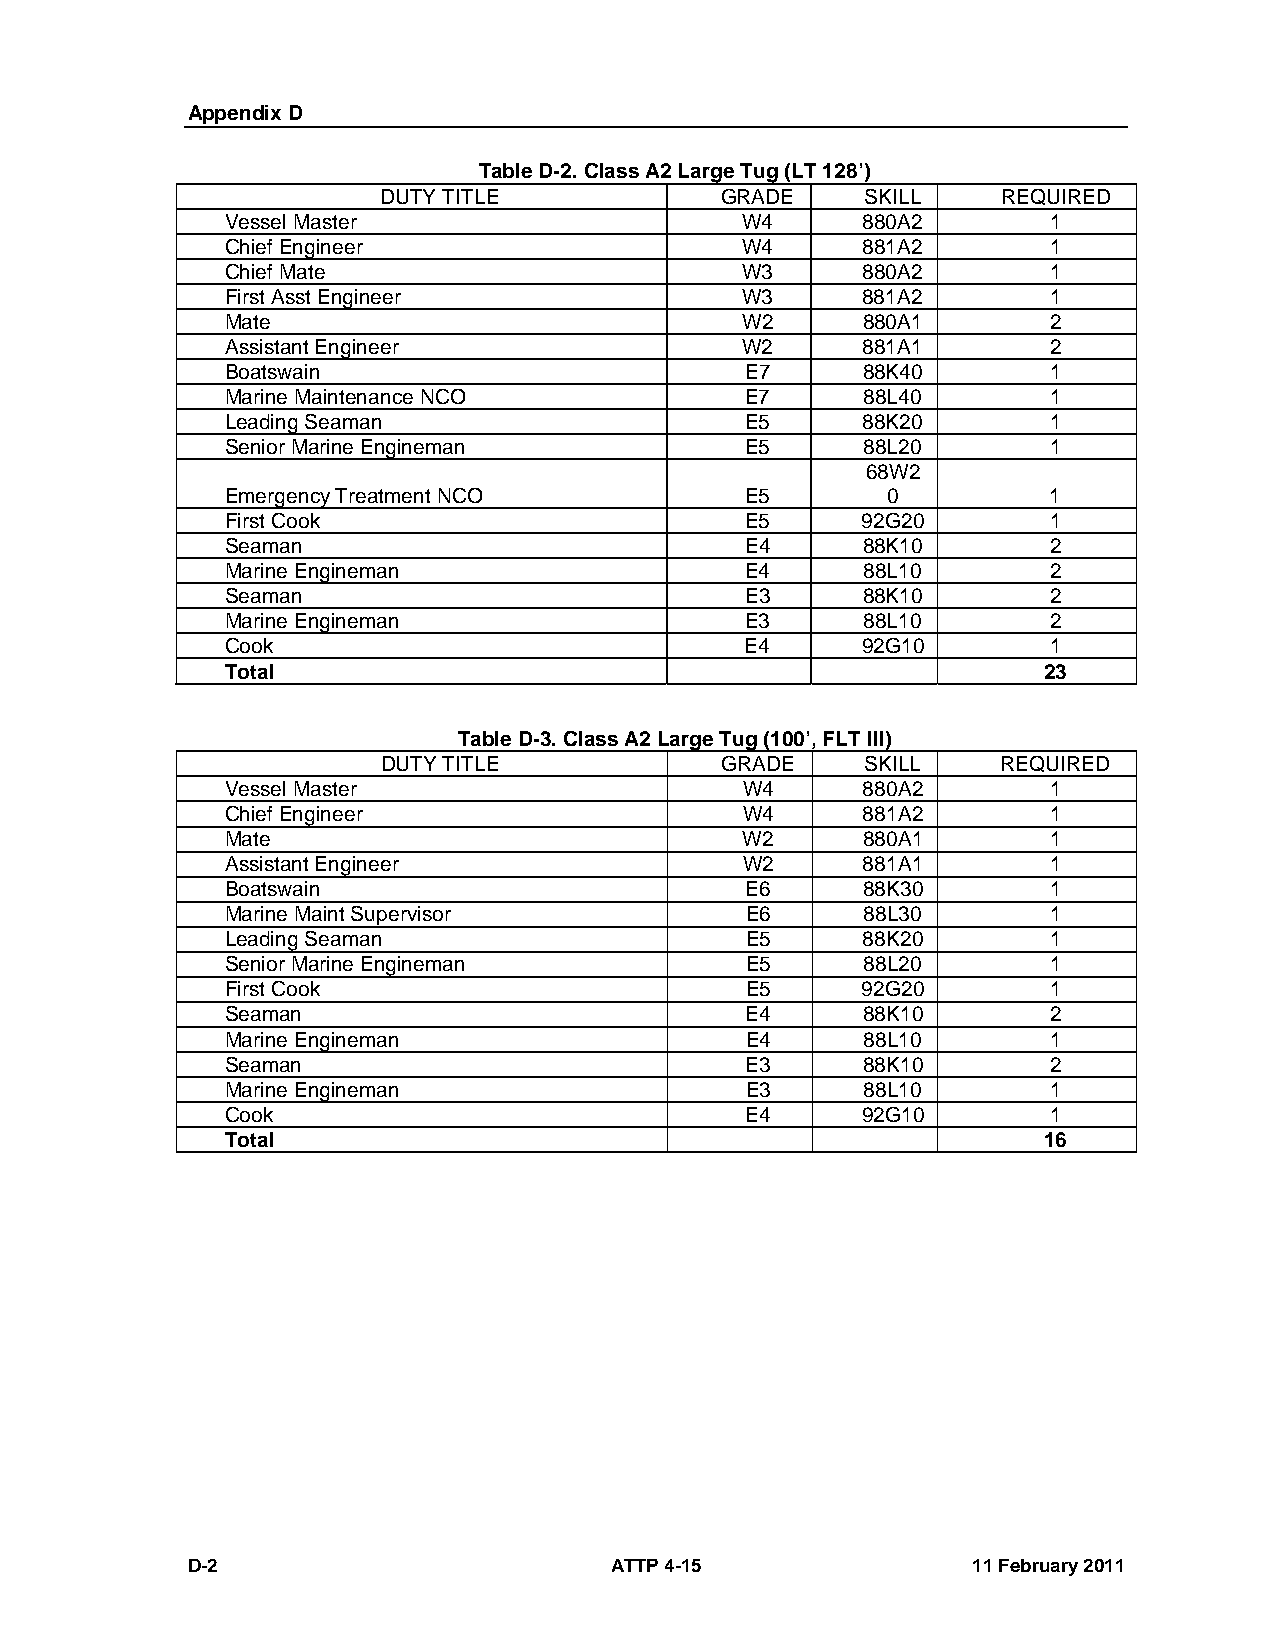
Appendix D
 Table D-2. Class A2 Large Tug (LT 128’)
 DUTY TITLE             GRADE    SKILL    REQUIRED
 Vessel Master                     W4      880A2       1
 Chief Engineer                    W4      881A2       1
 Chief Mate                        W3      880A2       1
 First Asst Engineer               W3      881A2       1
 Mate                              W2      880A1        2
 Assistant Engineer                W2      881A1       2
 Boatswain                         E7      88K40        1
 Marine Maintenance NCO            E7      88L40       1
 Leading Seaman                    E5      88K20        1
 Senior Marine Engineman           E5      88L20       1
 68W2
 Emergency Treatment NCO           E5        0         1
 First Cook                        E5      92G20       1
 Seaman                            E4      88K10        2
 Marine Engineman                  E4      88L10       2
 Seaman                            E3      88K10        2
 Marine Engineman                  E3      88L10       2
 Cook                              E4      92G10       1
 Total                                                 23
 Table D-3. Class A2 Large Tug (100’, FLT III)
 DUTY TITLE             GRADE    SKILL    REQUIRED
 Vessel Master                     W4      880A2       1
 Chief Engineer                    W4      881A2       1
 Mate                              W2      880A1        1
 Assistant Engineer                W2      881A1       1
 Boatswain                         E6      88K30        1
 Marine Maint Supervisor           E6      88L30       1
 Leading Seaman                    E5      88K20        1
 Senior Marine Engineman           E5      88L20       1
 First Cook                        E5      92G20       1
 Seaman                            E4      88K10        2
 Marine Engineman                  E4      88L10       1
 Seaman                            E3      88K10        2
 Marine Engineman                  E3      88L10       1
 Cook                              E4      92G10       1
 Total                                                 16
 D-2                         ATTP 4-15               11 February 2011